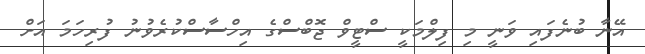
އޭނާ ބުނެފައި ވަނީ މި ފިލްމަކީ ސްޓީވް ޖޮބްސްގެ އިހްސާސްކުރެވުނު ފުރިހަމަ އަށް